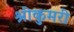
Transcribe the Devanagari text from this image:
श्रीकुमरी